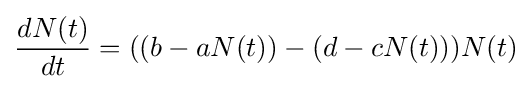
{\frac {dN(t)}{dt}}=((b-aN(t))-(d-cN(t)))N(t)